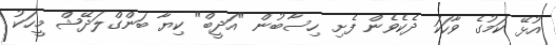
އުޅޭ ކަމުގެ ވާހަކަ ދެކެވެން ފެށި ހިސާބުން "އަދީބް" ކިޔާ ބަންގްލަދޭޝް މީހަކު